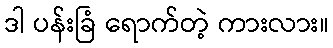
ဒါ ပန်းခြံ ရောက်တဲ့ ကားလား။